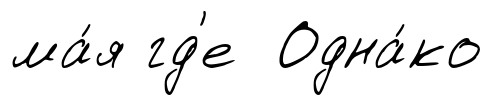
ма́я гд'е Одна́ко